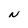
Character: N